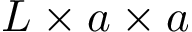
L \times a \times a